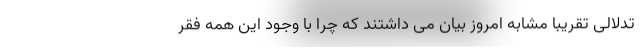
تدلالی تقریبا مشابه امروز بیان می داشتند که چرا با وجود این همه فقر